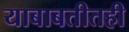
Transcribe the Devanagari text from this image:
याबाबतीतही